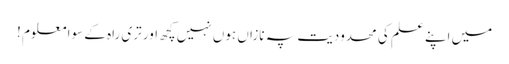
میں اپنے علم کی محدودیت پہ نازاں ہوں نہیں کچھ اور تری راہ کے سوا معلوم !